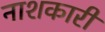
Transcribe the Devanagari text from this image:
नाशकारी